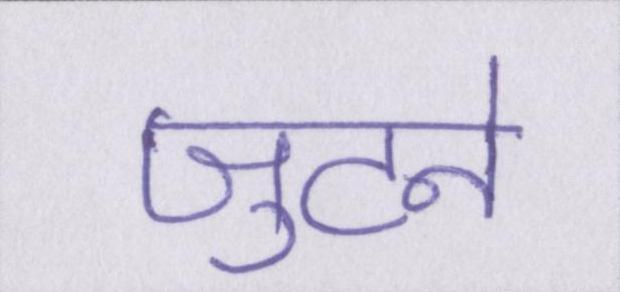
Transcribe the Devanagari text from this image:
जुटने